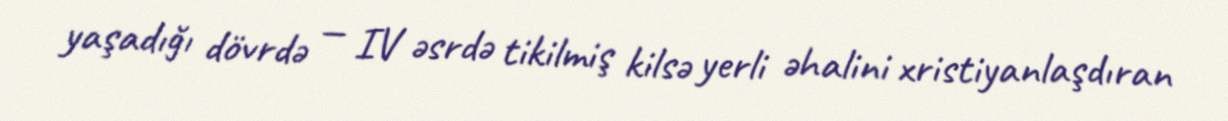
yaşadığı dövrdə — IV əsrdə tikilmiş kilsə yerli əhalini xristiyanlaşdıran